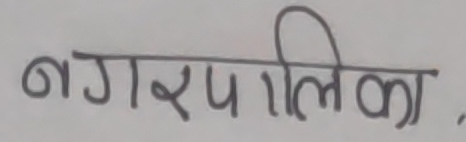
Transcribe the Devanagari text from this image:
नगरपालिका.